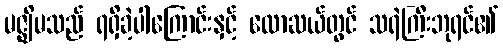
မဇ္ဈိမသည် ရရှိခဲ့ပါကြောင်းနှင့် လောဆယ်တွင် သရဲကြီးဘုရင်၏